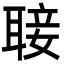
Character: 𮋵